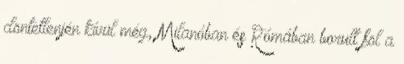
döntetlenjén kívül még, Milanóban és Rómában borult föl a